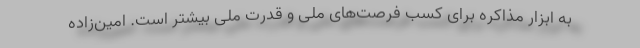
به ابزار مذاکره برای کسب فرصت‌های ملی و قدرت ملی بیشتر است. امین‌زاده